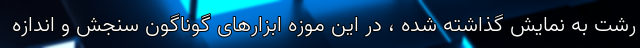
رشت به نمایش گذاشته شده ، در این موزه ابزارهای گوناگون سنجش و اندازه